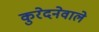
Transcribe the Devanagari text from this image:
कुरेदनेवाले